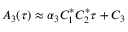
A _ { 3 } ( \tau ) \approx \alpha _ { 3 } C _ { 1 } ^ { * } C _ { 2 } ^ { * } \tau + C _ { 3 }